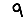
Digit: 9